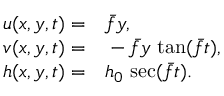
\begin{array} { r l } { u ( x , y , t ) = } & { { } \bar { f } y , } \\ { v ( x , y , t ) = } & { { } - \bar { f } y \, \tan ( \bar { f } t ) , } \\ { h ( x , y , t ) = } & { { } h _ { 0 } \, \sec ( \bar { f } t ) . } \end{array}